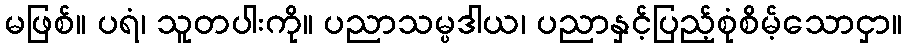
မဖြစ်။ ပရံ၊ သူတပါးကို။ ပညာသမ္ပဒါယ၊ ပညာနှင့်ပြည့်စုံစိမ့်သောငှာ။